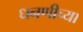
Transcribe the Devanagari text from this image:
धनणीच्या